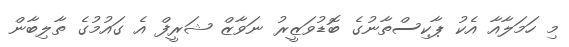
މި ހަމަލާއާ އެކު ޕާކިސްތާނުގެ ބޮޑުވަޒީރު ނަވާޒް ޝަރީފް އެ ގައުމުގެ ތާލިބާން